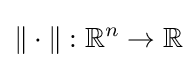
\|\cdot \|:\mathbb {R} ^{n}\to \mathbb {R}